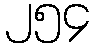
၂၅၄